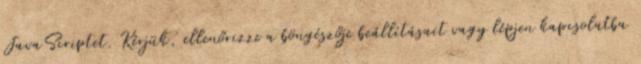
JavaScriptet. Kérjük, ellenőrizze a böngészője beállításait vagy lépjen kapcsolatba